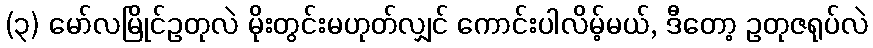
(၃) မော်လမြိုင်ဥတုလဲ မိုးတွင်းမဟုတ်လျှင် ကောင်းပါလိမ့်မယ်, ဒီတော့ ဥတုဇရုပ်လဲ